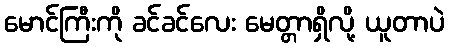
မောင်ကြီးကို ခင်ခင်လေး မေတ္တာရှိလို့ ယူတာပဲ